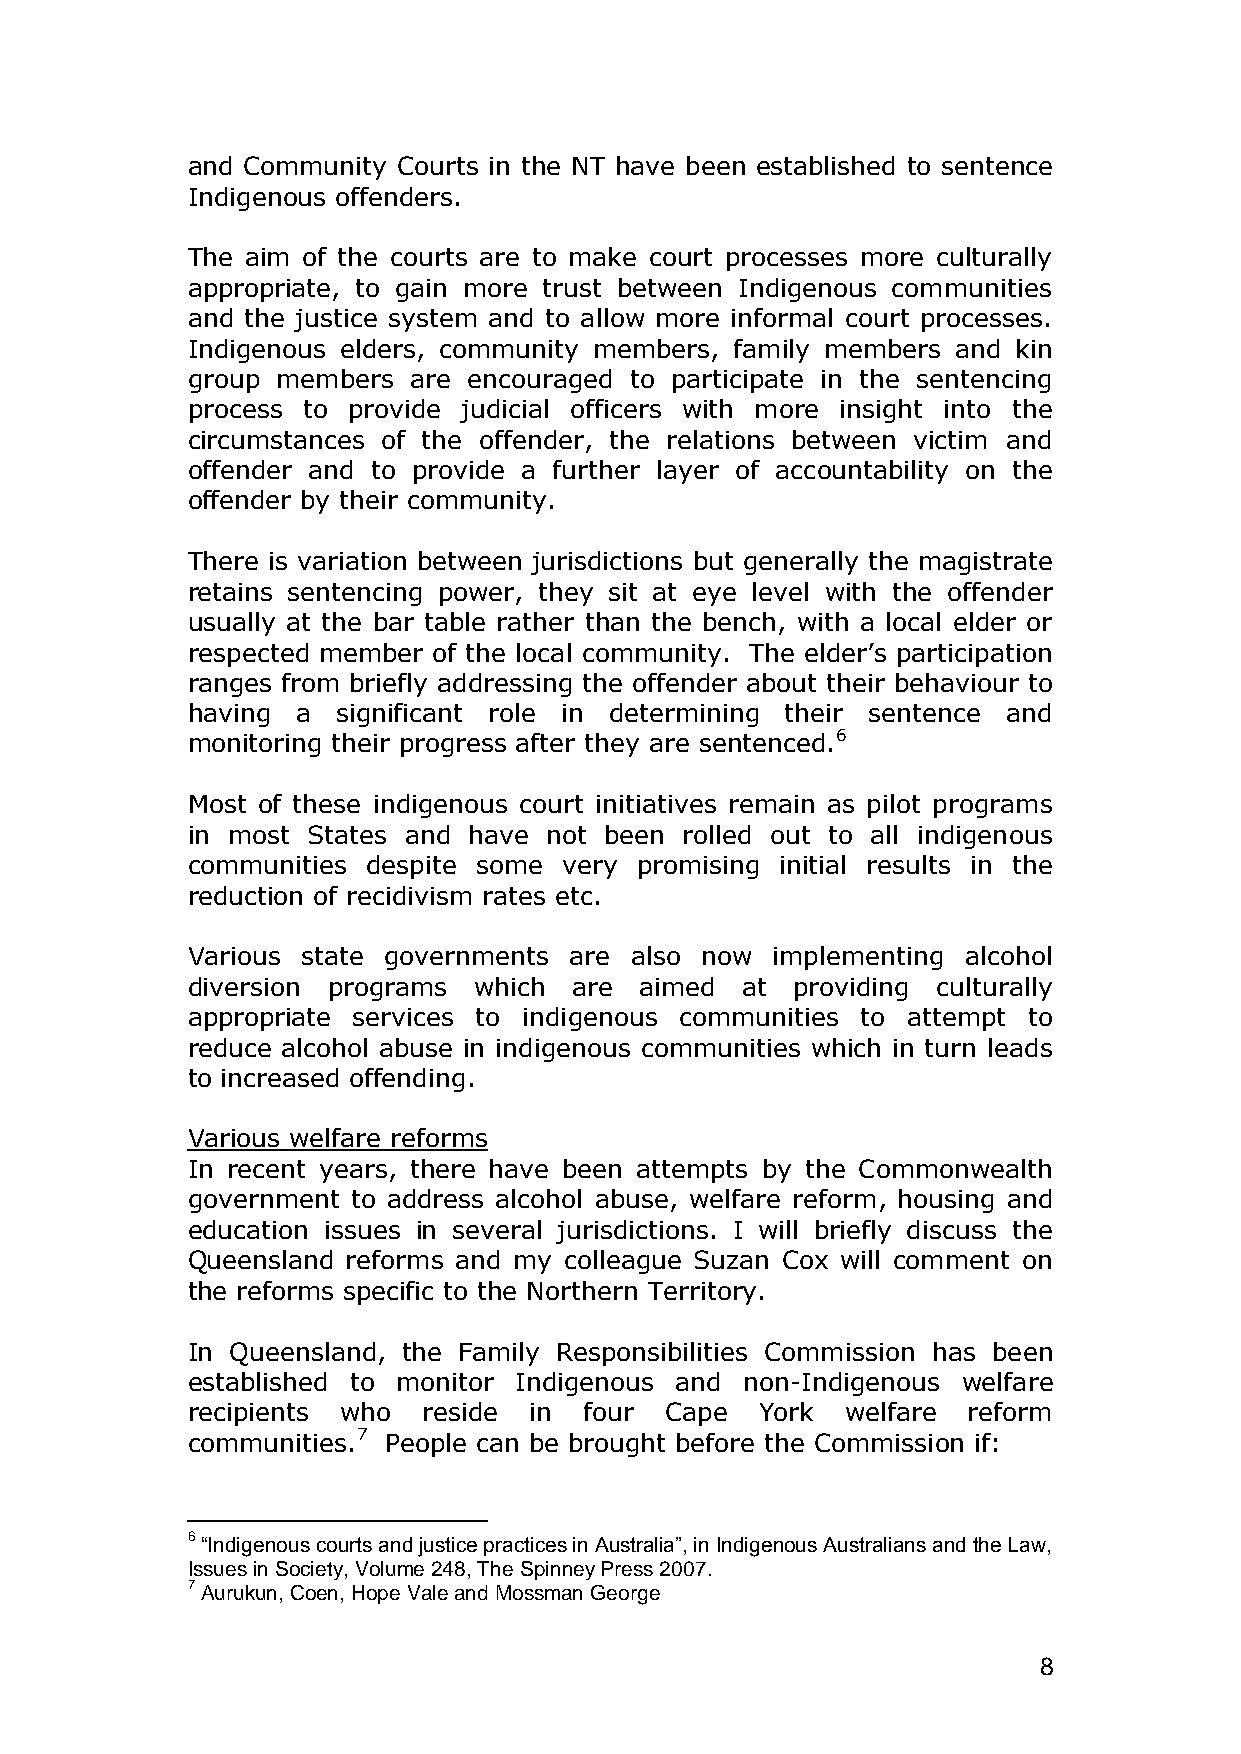
and Community Courts in the NT have been established to sentence
 Indigenous offenders.
 The aim of the courts are to make court processes more culturally
 appropriate, to gain more trust between Indigenous communities
 and the justice system and to allow more informal court processes.
 Indigenous elders, community members, family members and kin
 group members  are encouraged to participate in the sentencing
 process to provide judicial officers with more insight into the
 circumstances of the offender, the relations between victim and
 offender and to provide a further layer of accountability on the
 offender by their community.
 There is variation between jurisdictions but generally the magistrate
 retains sentencing power, they sit at eye level with the offender
 usually at the bar table rather than the bench, with a local elder or
 respected member of the local community. The elder‟s participation
 ranges from briefly addressing the offender about their behaviour to
 having  a significant role in determining their sentence and
 monitoring their progress after they are sentenced.6
 Most of these indigenous court initiatives remain as pilot programs
 in most States and have not been rolled out to all indigenous
 communities despite some very promising initial results in the
 reduction of recidivism rates etc.
 Various state governments are also now implementing alcohol
 diversion programs which  are aimed  at  providing culturally
 appropriate services to indigenous communities to attempt to
 reduce alcohol abuse in indigenous communities which in turn leads
 to increased offending.
 Various welfare reforms
 In recent years, there have been attempts by the Commonwealth
 government to address alcohol abuse, welfare reform, housing and
 education issues in several jurisdictions. I will briefly discuss the
 Queensland reforms and my colleague Suzan Cox will comment on
 the reforms specific to the Northern Territory.
 In Queensland, the Family Responsibilities Commission has been
 established to monitor Indigenous and non-Indigenous welfare
 recipients who  reside in  four Cape  York  welfare reform
 communities.7 People can be brought before the Commission if:
 6 “Indigenous courts and justice practices in Australia”, in Indigenous Australians and the Law,
 Issues in Society, Volume 248, The Spinney Press 2007.
 7 Aurukun, Coen, Hope Vale and Mossman George
 8